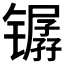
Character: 𫔏